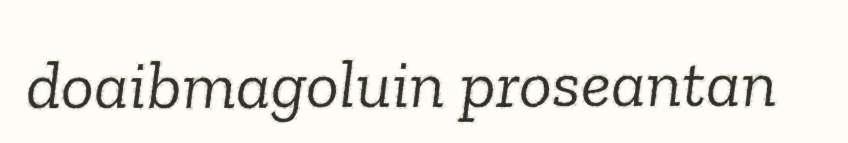
doaibmagoluin proseantan